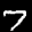
Label: 7